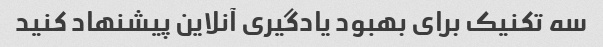
سه تکنیک برای بهبود یادگیری آنلاین پیشنهاد کنید